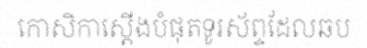
កោសិកាស្តើងបំផុតទូរស័ព្ទដែលឆប